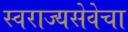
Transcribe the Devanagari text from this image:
स्वराज्यसेवेचा